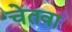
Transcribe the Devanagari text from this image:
चेतवा